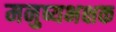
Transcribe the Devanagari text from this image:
मनुष्यभक्षक